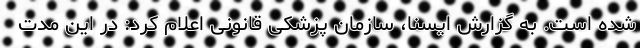
شده است. به گزارش ایسنا، سازمان پزشکی قانونی اعلام کرد: در این مدت